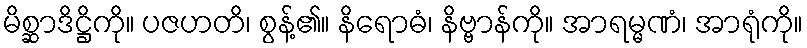
မိစ္ဆာဒိဋ္ဌိကို။ ပဇဟတိ၊ စွန့်၏။ နိရောဓံ၊ နိဗ္ဗာန်ကို။ အာရမ္မဏံ၊ အာရုံကို။